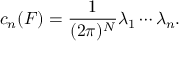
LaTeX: c _ { n } ( F ) = \frac { 1 } { ( 2 \pi ) ^ { N } } \lambda _ { 1 } \cdots \lambda _ { n } .